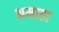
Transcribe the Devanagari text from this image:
अमाडा